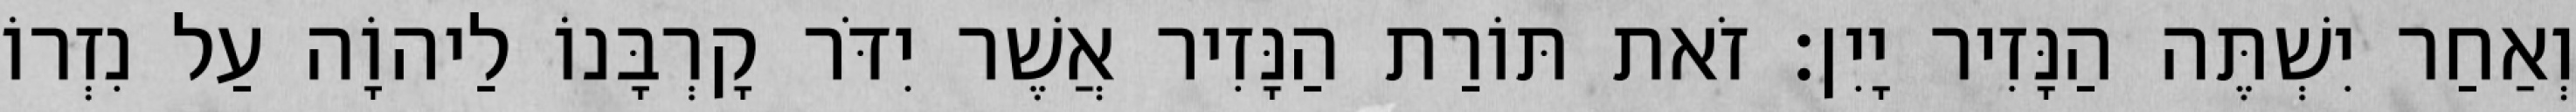
וְאַחַר יִשְׁתֶּה הַנָּזִיר יָיִן׃ זֹאת תּוֹרַת הַנָּזִיר אֲשֶׁר יִדֹּר קָרְבָּנוֹ לַיהוָֹה עַל נִזְרוֹ